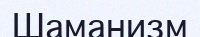
Шаманизм